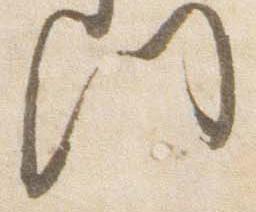
門